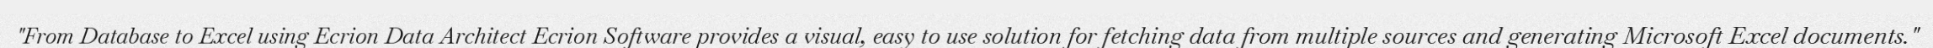
"From Database to Excel using Ecrion Data Architect Ecrion Software provides a visual, easy to use solution for fetching data from multiple sources and generating Microsoft Excel documents."